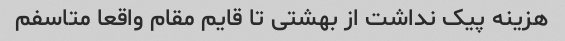
هزینه پیک نداشت از بهشتی تا قایم مقام واقعا متاسفم